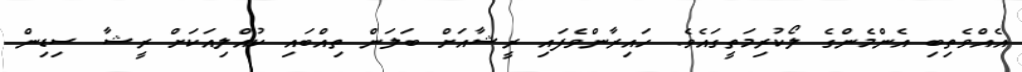
އެއްވެތިބި އެންމެންގެ ލޯކުރިމަތީގައެވެ. ހައިރާންވެފައި ރީޝާއަށް ބަލަން ތިއްބައި ކުއްލިއަކަށް ރީޝާ ސިޑިން